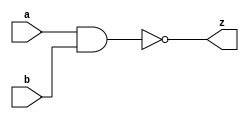
module nand_s(a,b,z);
input a,b;
output z;

nand a1(z,a,b);
                
endmodule